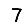
Digit: 7